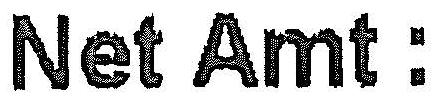
NET AMT :